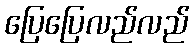
ပြေပြေလည်လည်